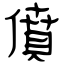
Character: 僨